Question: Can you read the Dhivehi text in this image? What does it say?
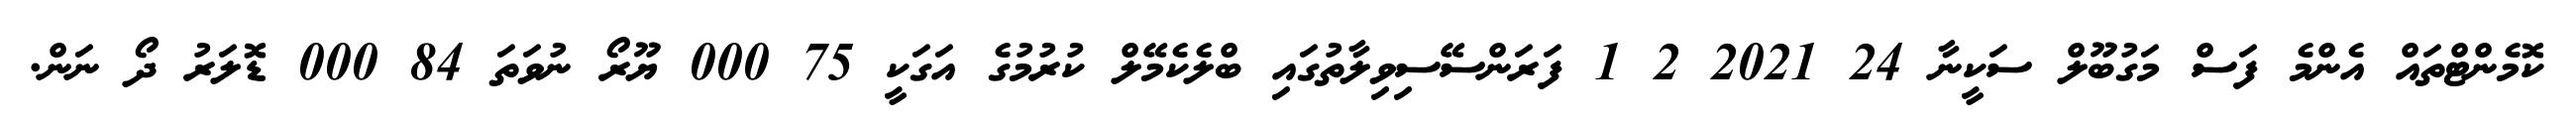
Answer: ކޮމެންޓްތައް އެންމެ ފަސް މަގުބޫލް ސަކީނާ 24 2021 2 1 ފަރަންސޭސިވިލާތުގައި ބްލެކެމޭލް ކުރުމުގެ އަގަކީ 75 000 ޔޫރޯ ނުވަތަ 84 000 ޑޮލަރު ދޯ ނަން.